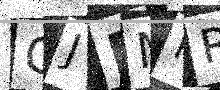
Text: GJBMMR